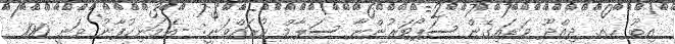
އިބޫ ހއ. ދިއްދޫ ވަޑައިގެން ސަޕޯޓަރުންނާ ސަލާމް ކުރައްވަނީ: -އެމަނިކުފާނު ވަނީ 100